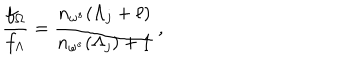
LaTeX: \frac { f _ { \Omega } } { f _ { \Lambda } } = \frac { n _ { \omega ^ { s } } ( \Lambda _ { j } + \ell ) } { n _ { \omega ^ { s } } ( \Lambda _ { j } ) + 1 } \, ,